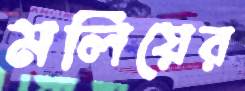
মলিয়ের